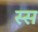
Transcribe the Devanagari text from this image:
स्स